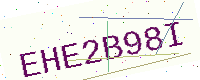
Text: EHE2B98I